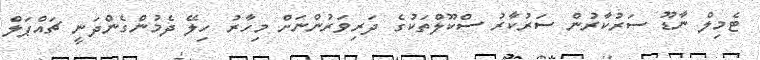
ޓެމިލް ނާޑޫ ސަރުކާރުން ސަރުކާރު ސްކޫލްތަކުގެ ދަރިވަރުންނަށް މިހާރު ހިލޭ ދެމުންގެންދަނީ ޗައްޕަލް